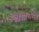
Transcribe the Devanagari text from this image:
पेंब्रोकाची